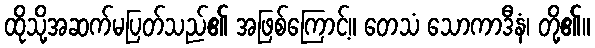
ထိုသို့အဆက်မပြတ်သည်၏ အဖြစ်ကြောင့်။ တေသံ သောကာဒီနံ၊ တို့၏။